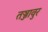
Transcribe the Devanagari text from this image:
तञ्जावुर